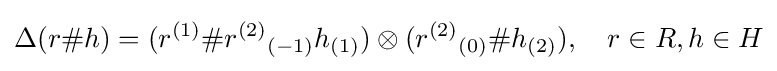
\Delta (r\#h)=(r^{(1)}\#r^{(2)}{}_{(-1)}h_{(1)})\otimes (r^{(2)}{}_{(0)}\#h_{(2)}),\quad r\in R,h\in H